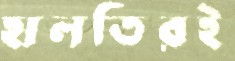
হালতিরই